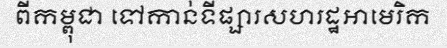
ពីកម្ពុជា ទៅកាន់ទីផ្សារសហរដ្ឋអាមេរិក